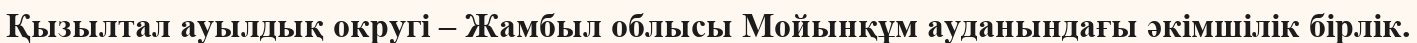
Қызылтал ауылдық округі – Жамбыл облысы Мойынқұм ауданындағы әкімшілік бірлік.